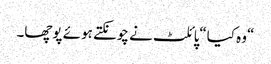
“وہ کیا“پائلٹ نے چونکتے ہوئے پوچھا۔